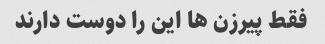
فقط پیرزن ها این را دوست دارند